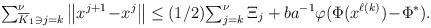
LaTeX: \begin{align*}{\textstyle\sum_{\overline{K}_1\ni j=k}^{\nu}}\,\big\|x^{j+1}\!-\!x^j\big\|\le(1/2){\textstyle\sum_{j=k}^{\nu}}\,\Xi_j+ba^{-1}\varphi(\Phi(x^{\ell(k)})\!-\!\Phi^*).\end{align*}